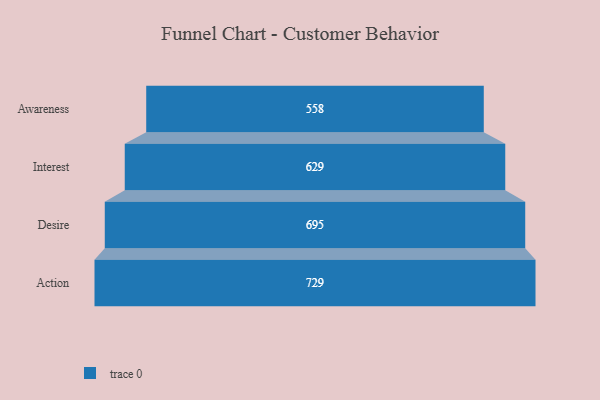
{"axis": {"x": "Stage", "y": "Value"}, "legend": [""], "data": [{"x": "Awareness", "y": 558.0, "type": ""}, {"x": "Interest", "y": 629.0, "type": ""}, {"x": "Desire", "y": 695.0, "type": ""}, {"x": "Action", "y": 729.0, "type": ""}]}